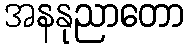
အနနုညာတော